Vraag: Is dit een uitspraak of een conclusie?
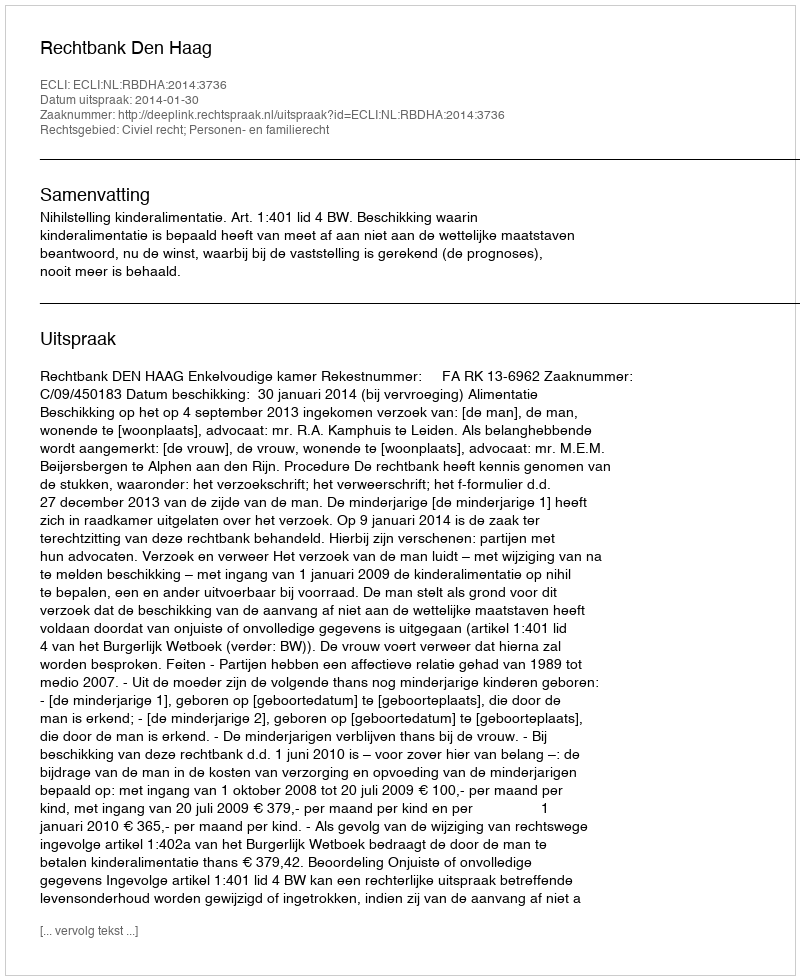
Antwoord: Uitspraak